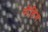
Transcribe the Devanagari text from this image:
सेंडिंग